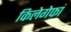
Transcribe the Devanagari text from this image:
किलेगेफां